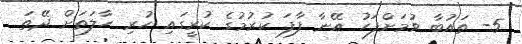
5- ތައުބާ ވުމަށްފަހު އޭނާ ފާފަ ކުރުމުގެ ކުރީގައި ހުރި ހާލަތަށް ދޭތަ